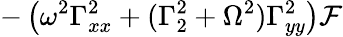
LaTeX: -\left(\omega^{2}\Gamma_{xx}^{2}+(\Gamma_{2}^{2}+\Omega^{2})\Gamma_{yy}^{2}\right)\mathcal{F}